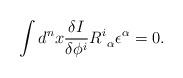
LaTeX: \begin{align*}\int d^n x \frac{\delta I}{\delta\phi^i}R^i_{\ \alpha}\epsilon^\alpha=0.\end{align*}